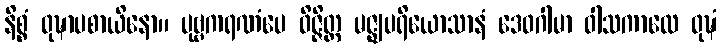
နိစ္စံ ဝုဍ္ဎာပစာယိနော။ ပုဗ္ဗကရဏံပေ ဝိဇ္ဇိတ္ထ မဇ္ဈပရိယောသာနံ ဒေဝဂါမာ ဝါသကာလေ ဝုဍ္ဎံ